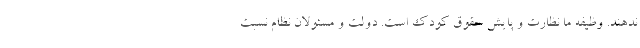
ندهند. وظیفه ما نظارت و پایش حقوق کودک است. دولت و مسئولان نظام نسبت